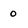
Character: 0